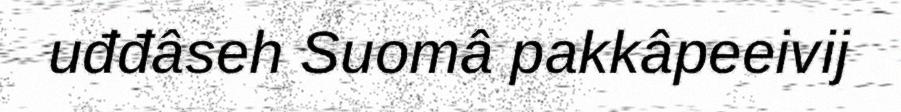
uđđâseh Suomâ pakkâpeeivij